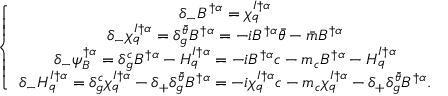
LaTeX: \left\{ \begin{array} { c } { { \delta _ { - } B ^ { \dagger \alpha } = \chi _ { q } ^ { I \dagger \alpha } } } \\ { { \delta _ { - } \chi _ { q } ^ { I \dagger \alpha } = \delta _ { g } ^ { \bar { \theta } } B ^ { \dagger \alpha } = - i B ^ { \dagger \alpha } { \bar { \theta } } - { \bar { m } } B ^ { \dagger \alpha } } } \\ { { \delta _ { - } \psi _ { B } ^ { \dagger \alpha } = \delta _ { g } ^ { c } B ^ { \dagger \alpha } - H _ { q } ^ { I \dagger \alpha } = - i B ^ { \dagger \alpha } c - m _ { c } B ^ { \dagger \alpha } - H _ { q } ^ { I \dagger \alpha } } } \\ { { \delta _ { - } H _ { q } ^ { I \dagger \alpha } = \delta _ { g } ^ { c } \chi _ { q } ^ { I \dagger \alpha } - \delta _ { + } \delta _ { g } ^ { \bar { \theta } } B ^ { \dagger \alpha } = - i \chi _ { q } ^ { I \dagger \alpha } c - m _ { c } \chi _ { q } ^ { I \dagger \alpha } - \delta _ { + } \delta _ { g } ^ { \bar { \theta } } B ^ { \dagger \alpha } . } } \end{array} \right.